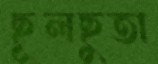
ছূলছুতা